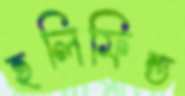
হলিফিল্ড